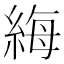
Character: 䋦